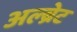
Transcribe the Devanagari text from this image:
अल्ब्रेट